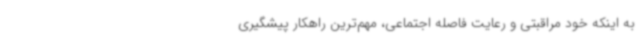
به اینکه خود مراقبتی و رعایت فاصله اجتماعی، مهم‌ترین راهکار پیشگیری